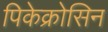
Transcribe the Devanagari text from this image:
पिकेक्रोसिन